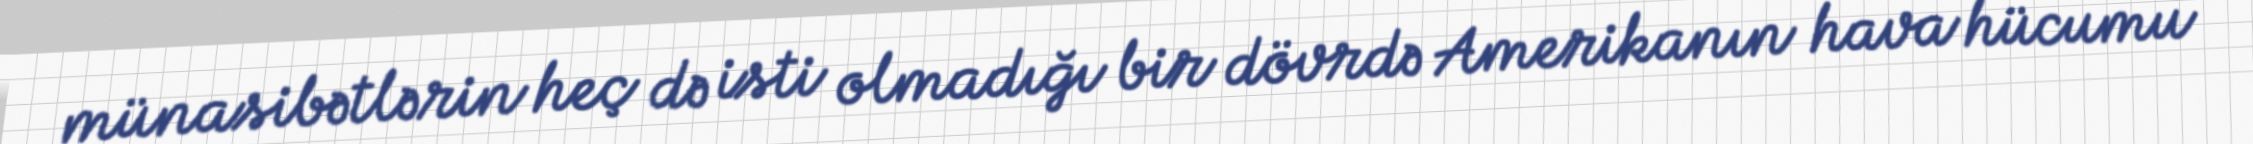
münasibətlərin heç də isti olmadığı bir dövrdə Amerikanın hava hücumu